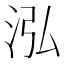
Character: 泓